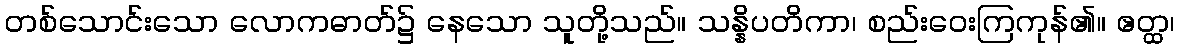
တစ်သောင်းသော လောကဓာတ်၌ နေသော သူတို့သည်။ သန္နိပတိကာ၊ စည်းဝေးကြကုန်၏။ ဧတ္ထ၊